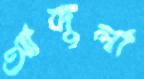
আব্দুলা